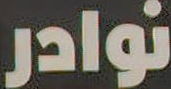
نوادر